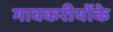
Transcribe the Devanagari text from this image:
गावकरीयोंके